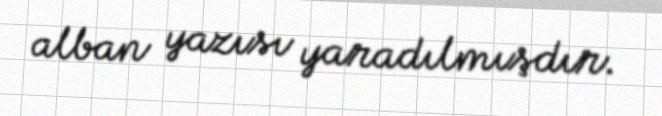
alban yazısı yaradılmışdır.